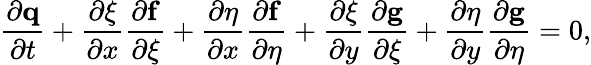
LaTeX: \frac{\partial\mathbf{q}}{\partial t}+\frac{\partial\xi}{\partial x}\frac{\partial\mathbf{f}}{\partial\xi}+\frac{\partial\eta}{\partial x}\frac{\partial\mathbf{f}}{\partial\eta}+\frac{\partial\xi}{\partial y}\frac{\partial\mathbf{g}}{\partial\xi}+\frac{\partial\eta}{\partial y}\frac{\partial\mathbf{g}}{\partial\eta}=0,